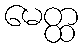
မေတ္ထ